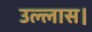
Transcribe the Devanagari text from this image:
उल्लास।